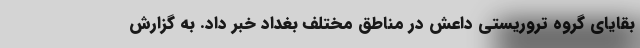
بقایای گروه تروریستی داعش در مناطق مختلف بغداد خبر داد. به گزارش